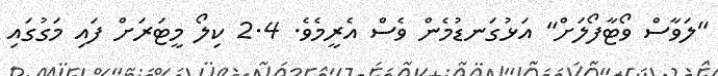
"ލަވާސް ވޯޓާފޯލަށް" އަޅުގަނޑުމެން ވެސް އެރީމެވެ. 2.4 ކިލޯ މީޓަރަށް ފައި މަގުގައި